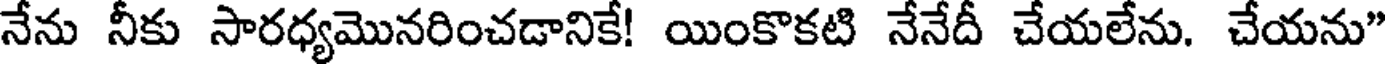
నేను నీకు సారధ్యమొనరించడానికే! యింకొకటి నేనేదీ చేయలేను. చేయను"